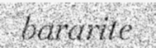
bararite